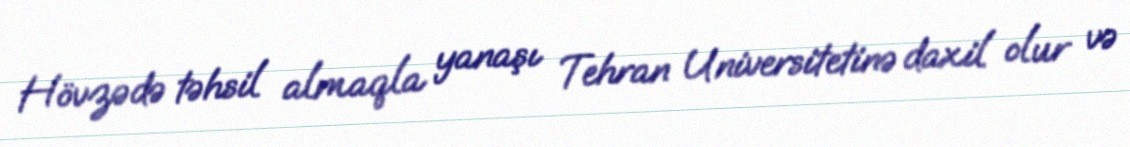
Hövzədə təhsil almaqla yanaşı Tehran Universitetinə daxil olur və